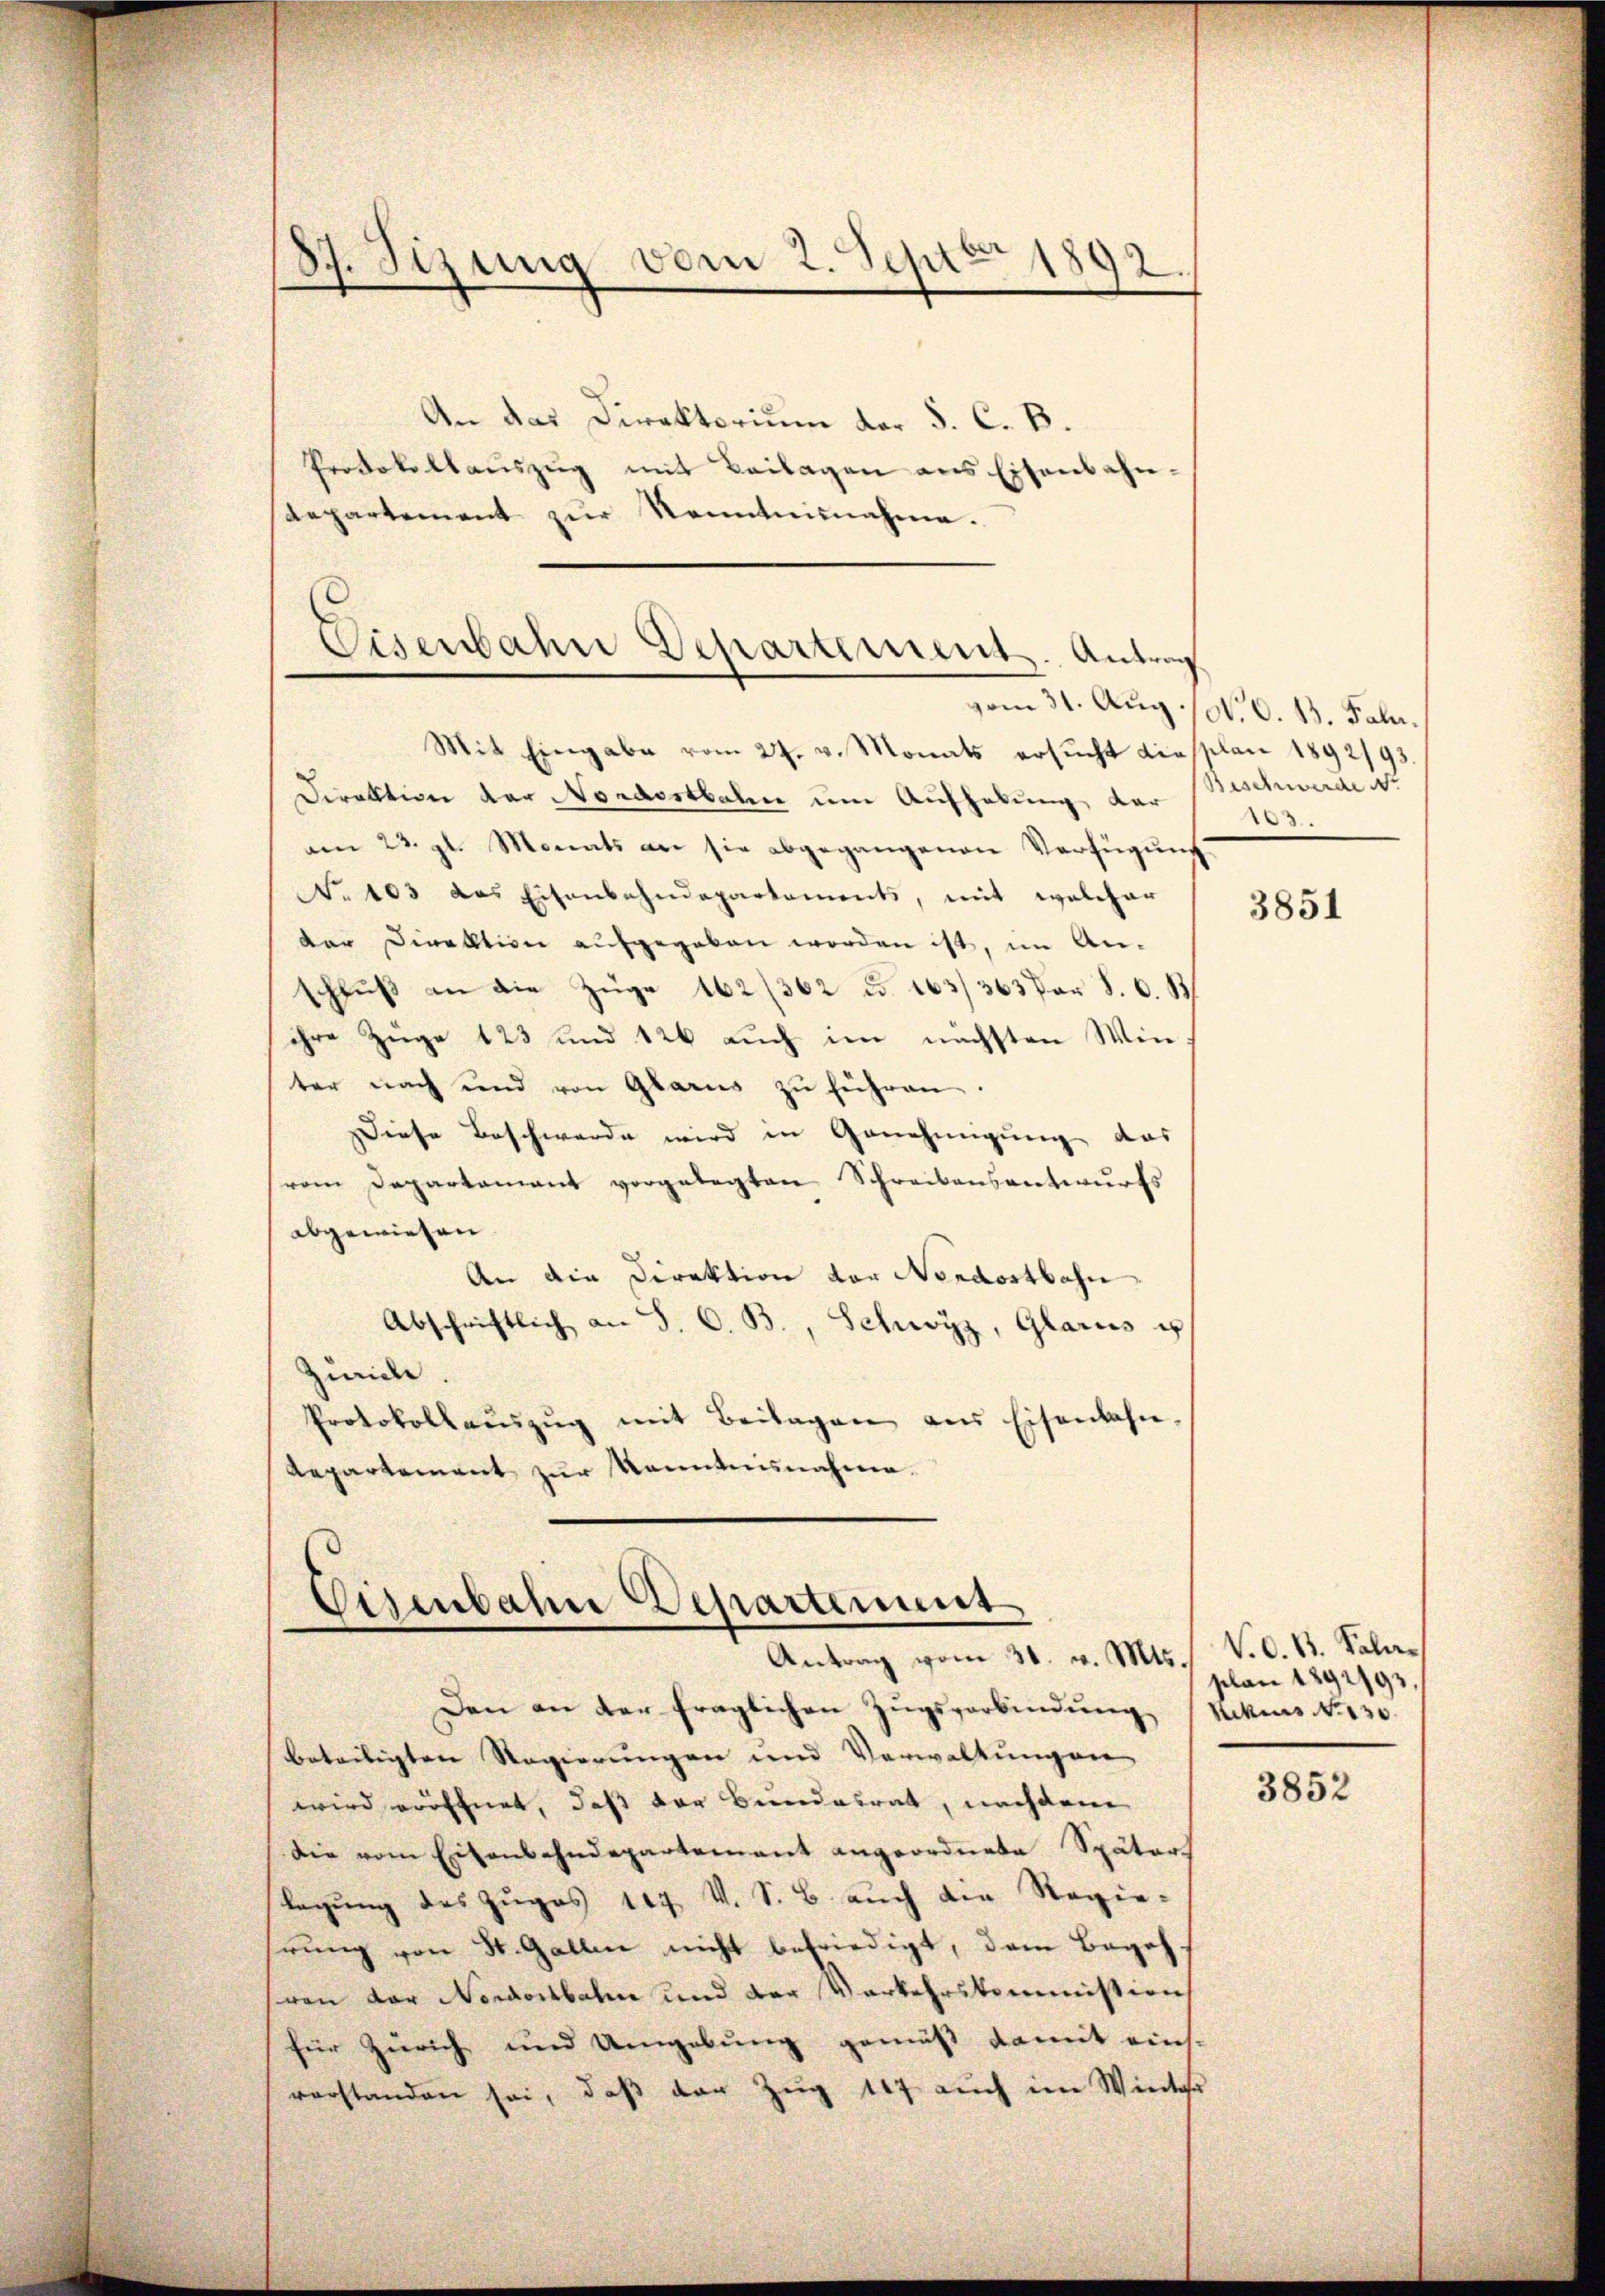
87. Sizung vom 2. Sept. 1892.

An das Direktorium der S. C. B.
Protokollaŭszŭg mit Beilagen ans Eisenbahn-
Aepartement zŭr Kenntnisnahme.

Eisenbahne Departement. Antrag

Mit Eingabe vom 27. v. Monats ersŭcht diesplan 1892/93.
Direktion der Nordostbahn um Aufhebung der Beschwerde ist
am 23. gl. Monats an sie abgegangenen Verfügung
No 103 das Eisenbahndepartaments, mit welcher
dar Direktion aufgegeben worden ist, im An-
schluß an die Züge 162/362 u. 163/363 Par S. 6. B
ihre Züge 123 und 126 auch im nächsten Winter nach und von Glarus zŭ führen.
Diese Beschwerde wird in Genehmigung das
vom Departament vorgelegten Schreibensantwurfs
abgewiesen
An die Direktion der Nordostbahn
Abschriftlich an S. C. B., Schwyz, Glarus u
Zürich.
Protokollaŭszŭg mit Beilagen aus Eisenbahn,
Repartement zur Kenntnisnahme.

Eisenbahn Departement
Antrag vom 31. v. Mts.

Den an der fraglichen Zugsverbindŭng Rekurs d. 130.
beteiligten Regierungen und Verwaltungen
wird eröffnet, daß der Bundesrat, nachdem
die vom Eisenbahndepartement angeordnete Späters
Tagung des Zuges 117. V. S. B. auch die Regiehrung von St. Gallen nicht befriedigt, dem Begehren der Nordostbahn und der Vorkehrskommission
für Zürich und Umgebung gemäß damit eins-
vorstanden sei, daß der Zug 147 auch im Winter

vom 31. Aug. / N. O. 13. Fall.
8

3851

V. O. B. Sala¬
/ selon 1892/93,

3852